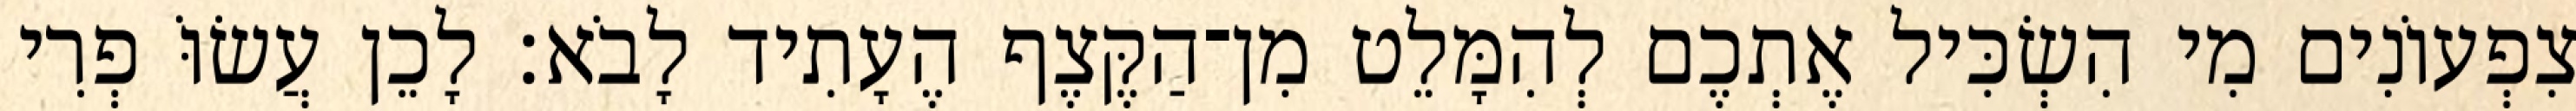
צִפְעוֹנִים מִי הִשְׂכִּיל אֶתְכֶם לְהִמָּלֵט מִן־הַקֶּצֶף הֶעָתִיד לָבֹא׃ לָכֵן עֲשׂוֹּ פְרִי